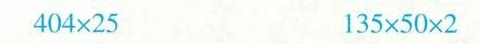
$$4 0 4 \times 2 5$$ $$1 3 5 \times 5 0 \times 2$$